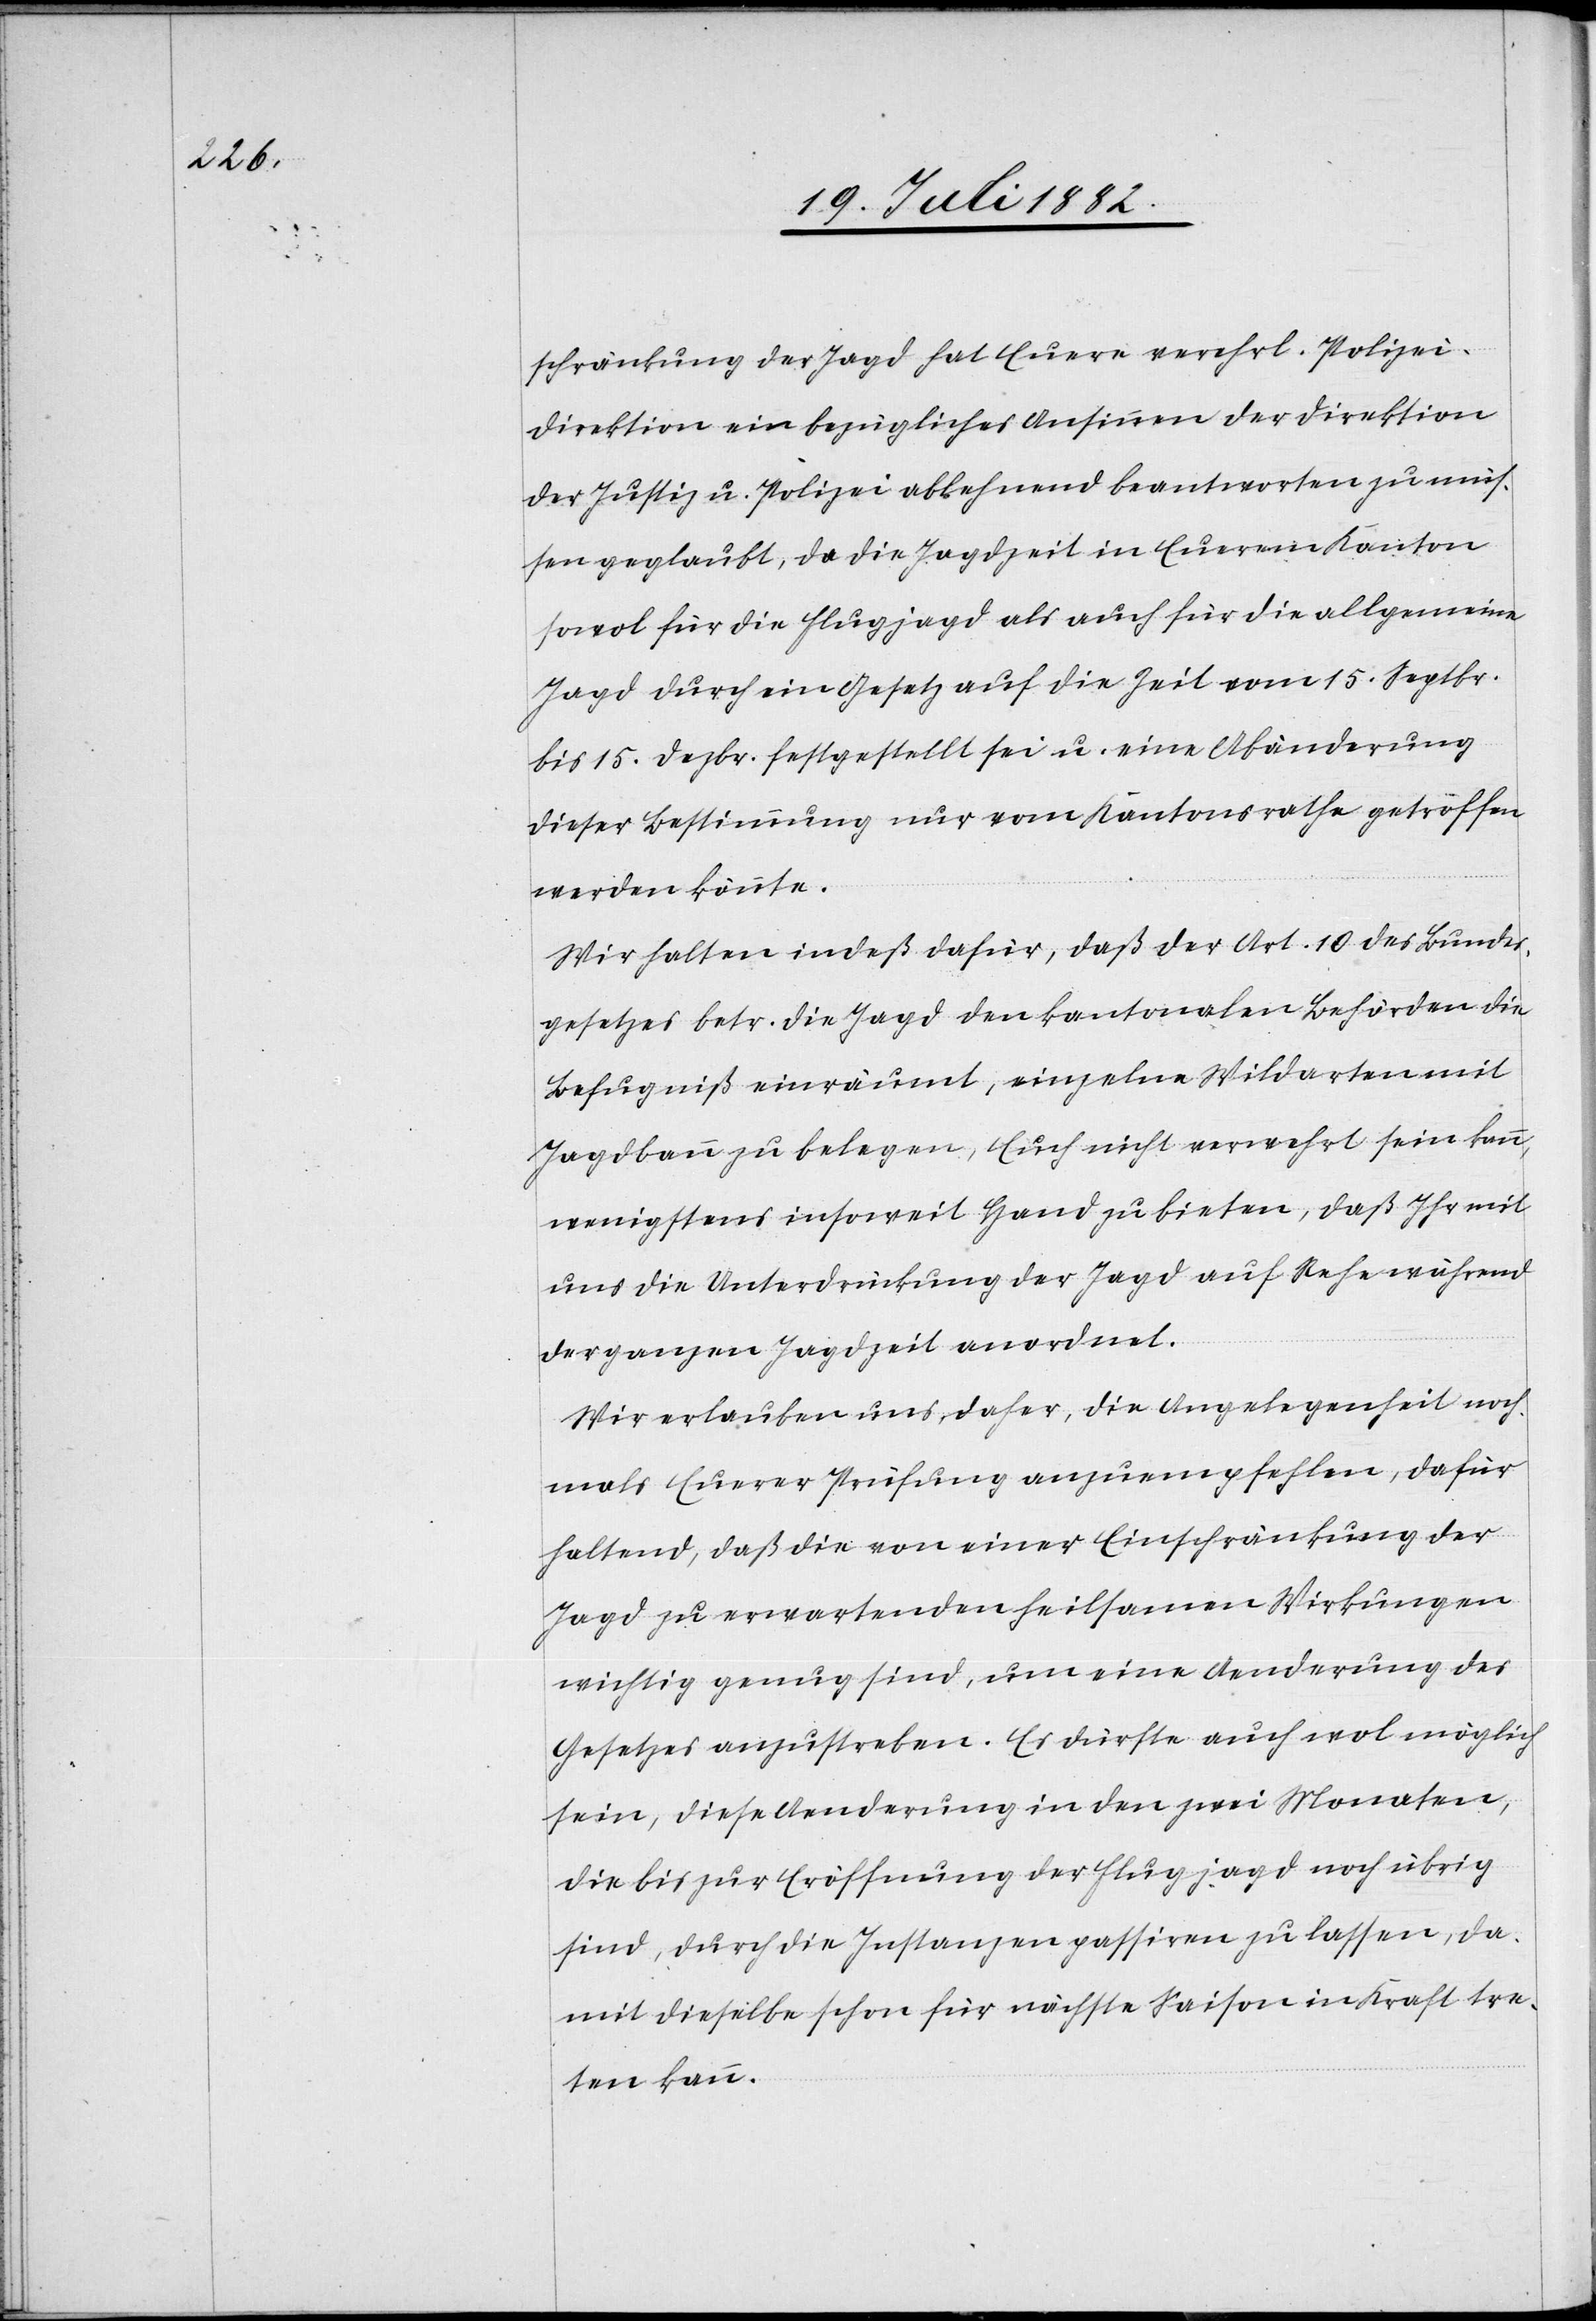
schränkung der Jagd hat Euere verehrl. Polizei¬
direktion ein bezügliches Ansinnen der Direktion
der Justiz u. Polizei ablehnend beantworten zu müs¬
sen geglaubt, da die Jagdzeit in Euerem Kanton
sowol für die Flugjagd als auch für die allgemeine
Jagd durch ein Gesetz auf die Zeit vom 15. Septbr.
bis 15. Dezbr. festgestellt sei u. eine Abänderung
dieser Bestimmung nur vom Kantonsrathe getroffen
werden könnte.
Wir halten indeß dafür, daß der Art. 10 des Bundes¬
gesetzes betr. die Jagd den kantonalen Behörden die
Befugniß einräumt, einzelne Wildarten mit
Jagdbann zu belegen, Euch nicht verwehrt sein kann,
wenigstens insoweit Hand zu bieten, daß Ihr mit
uns die Unterdrückung der Jagd auf Rehe während
der ganzen Jagdzeit anordnet.
Wir erlauben uns, daher, die Angelegenheit noch¬
mals Euerer Prüfung anzuempfehlen, dafür
haltend, daß die von einer Einschränkung der
Jagd zu erwartenden heilsamen Wirkungen
wichtig genug sind, um eine Aenderung des
Gesetzes anzustreben. Es dürfte auch wol möglich
sein, diese Aenderung in den zwei Monaten,
die bis zur Eröffnung der Flugjagd noch übrig
sind, durch die Instanzen passiren zu lassen, da¬
mit dieselbe schon für nächste Saison in Kraft tre¬
ten kann.